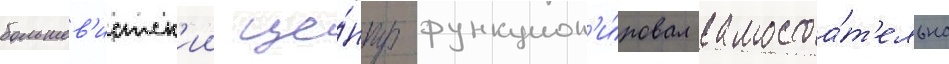
большев'истск'ии це́нтр функцион'и́ровал самостоа́т'ельно